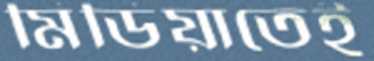
মিডিয়াতেই